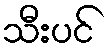
သီးပင်